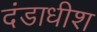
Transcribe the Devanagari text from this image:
दंडाधीश